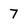
Character: 7